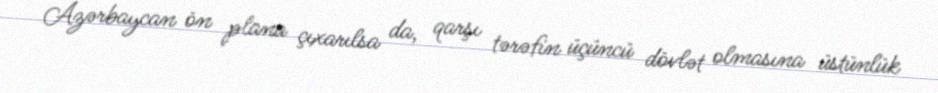
Azərbaycan ön plana çıxarılsa da, qarşı tərəfin üçüncü dövlət olmasına üstünlük